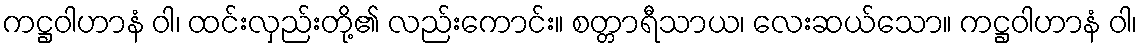
ကဋ္ဌဝါဟာနံ ဝါ၊ ထင်းလှည်းတို့၏ လည်းကောင်း။ စတ္တာရီသာယ၊ လေးဆယ်သော။ ကဋ္ဌဝါဟာနံ ဝါ၊